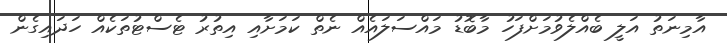
އާމިނަތު އަލީ ބެއްލެވުމަށްފަހު މާބޮޑު މައްސަލައެއް ނެތް ކަމަށާއި އިތުރު ޓެސްޓުތަކެއް ހަދައިގެން